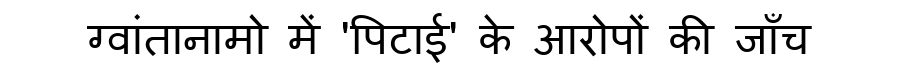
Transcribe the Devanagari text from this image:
ग्वांतानामो में 'पिटाई' के आरोपों की जाँच